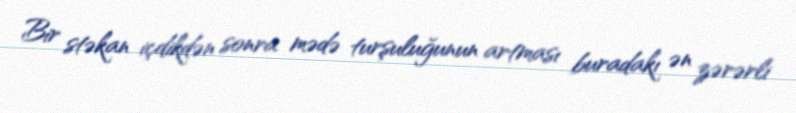
Bir stəkan içdikdən sonra mədə turşuluğunun artması buradakı ən zərərli